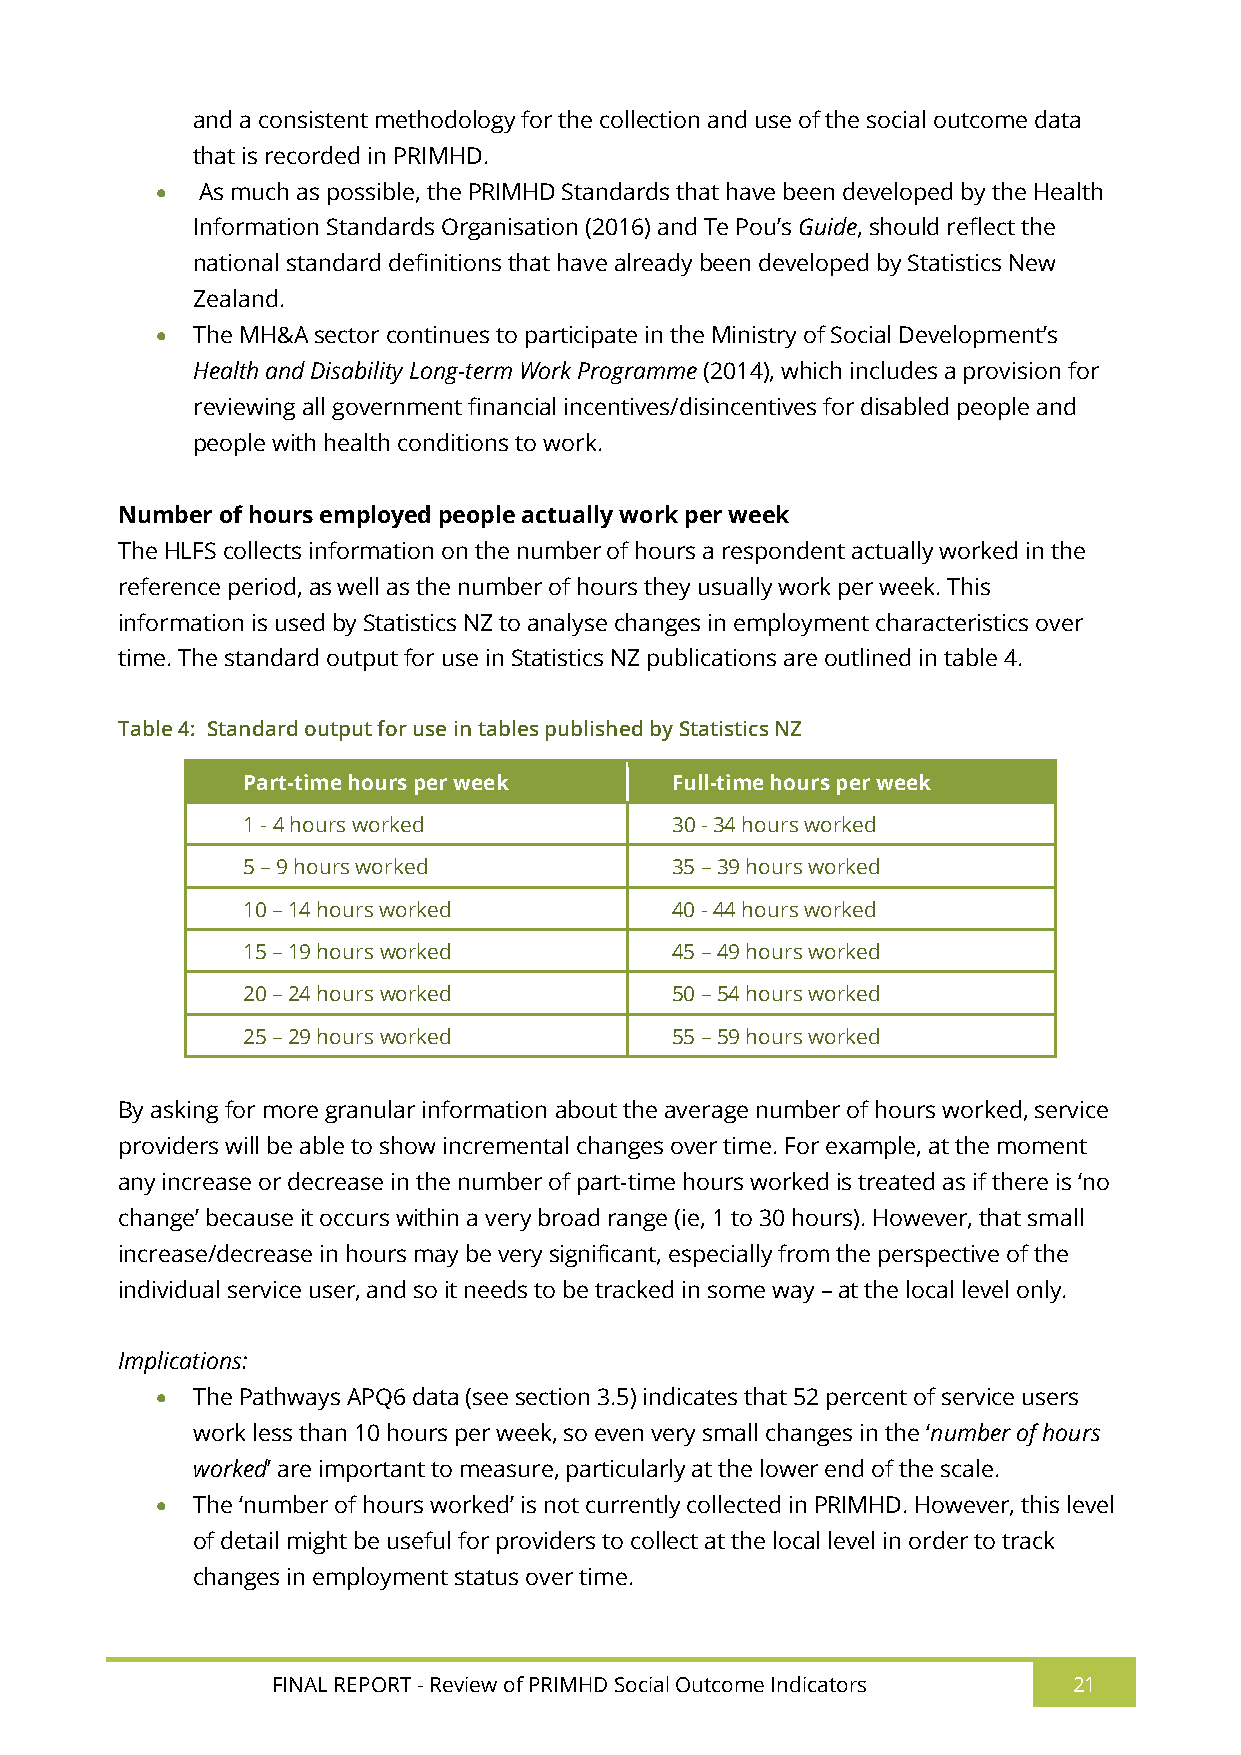
and a consistent methodology for the collection and use of the social outcome data
 that is recorded in PRIMHD.
   As much as possible, the PRIMHD Standards that have been developed by the Health
 Information Standards Organisation (2016) and Te Pou’s Guide, should reflect the
 national standard definitions that have already been developed by Statistics New
 Zealand.
   The MH&A sector continues to participate in the Ministry of Social Development’s
 Health and Disability Long-term Work Programme (2014), which includes a provision for
 reviewing all government financial incentives/disincentives for disabled people and
 people with health conditions to work.
 Number of hours employed people actually work per week
 The HLFS collects information on the number of hours a respondent actually worked in the
 reference period, as well as the number of hours they usually work per week. This
 information is used by Statistics NZ to analyse changes in employment characteristics over
 time. The standard output for use in Statistics NZ publications are outlined in table 4.
 Table 4: Standard output for use in tables published by Statistics NZ
 Part-time hours per week    Full-time hours per week
 1 - 4 hours worked          30 - 34 hours worked
 5 – 9 hours worked          35 – 39 hours worked
 10 – 14 hours worked        40 - 44 hours worked
 15 – 19 hours worked        45 – 49 hours worked
 20 – 24 hours worked        50 – 54 hours worked
 25 – 29 hours worked        55 – 59 hours worked
 By asking for more granular information about the average number of hours worked, service
 providers will be able to show incremental changes over time. For example, at the moment
 any increase or decrease in the number of part-time hours worked is treated as if there is ‘no
 change’ because it occurs within a very broad range (ie, 1 to 30 hours). However, that small
 increase/decrease in hours may be very significant, especially from the perspective of the
 individual service user, and so it needs to be tracked in some way – at the local level only.
 Implications:
   The Pathways APQ6 data (see section 3.5) indicates that 52 percent of service users
 work less than 10 hours per week, so even very small changes in the ‘number of hours
 worked’ are important to measure, particularly at the lower end of the scale.
   The ‘number of hours worked’ is not currently collected in PRIMHD. However, this level
 of detail might be useful for providers to collect at the local level in order to track
 changes in employment status over time.
 FINAL REPORT - Review of PRIMHD Social Outcome Indicators 21